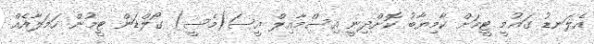
އެލަނޑު ގައުމީ ޓީމަށް ކާމިޔާބު ކޮށްދިނީ އިސްމާއިލް އީސަ(މެސީ) ގޯލްޑަން ޓީމުން ހަމަލާއެއް